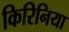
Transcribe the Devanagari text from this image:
किरिनिया